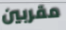
مقربين